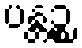
ပန္တဉ္စ